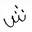
Letter: _shin